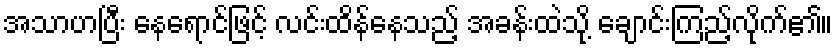
အသာဟပြီး နေရောင်ဖြင့် လင်းထိန်နေသည့် အခန်းထဲသို့ ချောင်းကြည့်လိုက်၏။